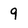
Character: 9